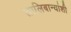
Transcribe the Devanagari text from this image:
तालिबान्यांशी